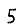
Digit: 5